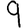
Digit: 9